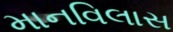
માનવિલાસ